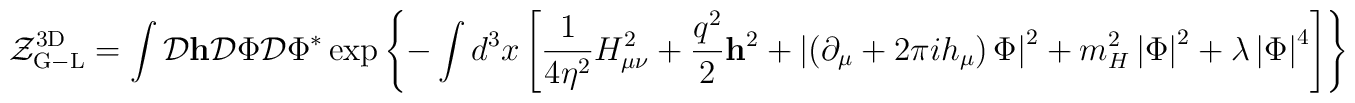
{\cal Z}_{\rm G-L}^{\rm 3D}=\int {\cal D}{\bf h}{\cal D}\Phi{\cal D}\Phi^{*} \exp\left\{-\int d^3x\left[\frac{1}{4\eta^2}H_{\mu\nu}^2+\frac{q^2}{2}{\bf h}^2+\left|\left(\partial_\mu+2\pi i h_\mu\right)\Phi\right|^2+m_H^2\left|\Phi\right|^2+\lambda\left|\Phi\right|^4\right]\right\}.